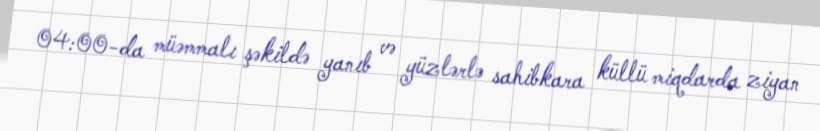
04:00-da müəmmalı şəkildə yanıb və yüzlərlə sahibkara küllü miqdarda ziyan